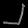
Digit: ၂